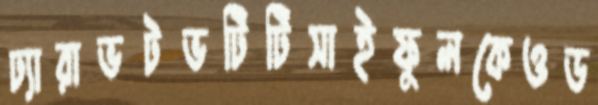
ঢ্যারাভটভটিটিসাইফুলকেওড